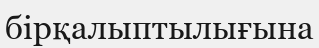
бірқалыптылығына